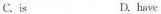
C. is D. have